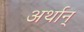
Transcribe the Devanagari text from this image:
अर्थान्